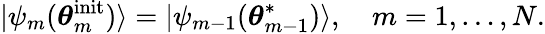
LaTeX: |\psi_{m}(\boldsymbol{\theta}_{m}^{\mathrm{init}})\rangle=|\psi_{m-1}(\boldsymbol{\theta}_{m-1}^{*})\rangle,\quad m=1,\dots,N.